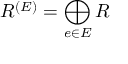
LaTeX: R ^ { ( E ) } = \bigoplus _ { e \in E } R